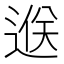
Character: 𨓵